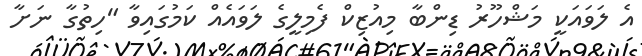
އެ ލަވައަކީ މަޝްހޫރު ޑިންބާ މިއުޒިކް ފެމިލީގެ ލަވައެއް ކަމުގައިވާ "ހިތުގާ ނަށާ